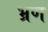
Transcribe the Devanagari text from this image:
भ्रण